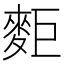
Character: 𪌖